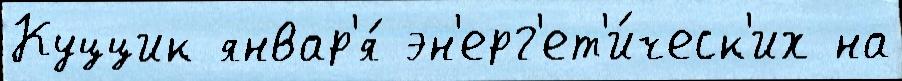
Куццик январ'я́ эн'ерг'ет'и́ческ'их на